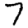
Digit: 7